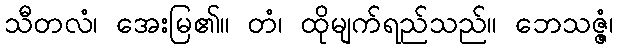
သီတလံ၊ အေးမြ၏။ တံ၊ ထိုမျက်ရည်သည်။ ဘေသဇ္ဇံ၊